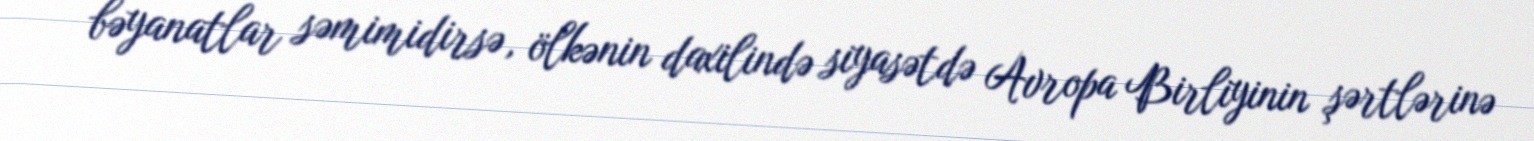
bəyanatlar səmimidirsə, ölkənin daxilində siyasətdə Avropa Birliyinin şərtlərinə